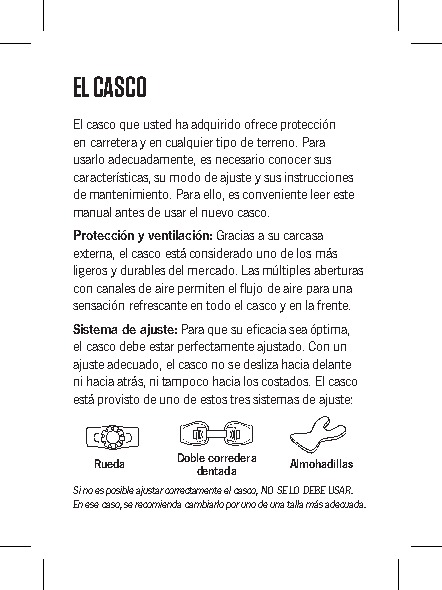
EL CASCO
 El casco que usted ha adquirido ofrece protección
 en carretera y en cualquier tipo de terreno. Para
 usarlo adecuadamente, es necesario conocer sus
 características, su modo de ajuste y sus instrucciones
 de mantenimiento. Para ello, es conveniente leer este
 manual antes de usar el nuevo casco.
 Protección y ventilación: Gracias a su carcasa
 externa, el casco está considerado uno de los más
 ligeros y durables del mercado. Las múltiples aberturas
 con canales de aire permiten el flujo de aire para una
 sensación refrescante en todo el casco y en la frente.
 Sistema de ajuste: Para que su eficacia sea óptima,
 el casco debe estar perfectamente ajustado. Con un
 ajuste adecuado, el casco no se desliza hacia delante
 ni hacia atrás, ni tampoco hacia los costados. El casco
 está provisto de uno de estos tres sistemas de ajuste:
 Rueda Doble corredera Almohadillas
 dentada
 Si no es posible ajustar correctamente el casco, NO SE LO DEBE USAR.
 En ese caso, se recomienda cambiarlo por uno de una talla más adecuada.